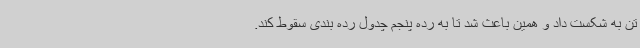
تن به شکست داد و همین باعث شد تا به رده پنجم چدول رده بندی سقوط کند.